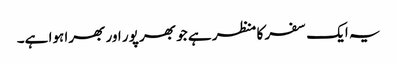
یہ ایک سفر کا منظر ہے جو بھر پور اور بھرا ہوا ہے۔